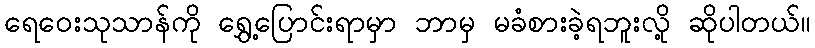
ရေဝေးသုသာန်ကို ရွှေ့ပြောင်းရာမှာ ဘာမှ မခံစားခဲ့ရဘူးလို့ ဆိုပါတယ်။